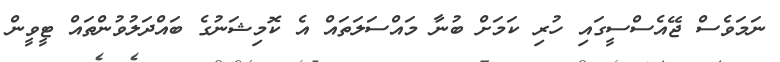
ނަމަވެސް ޖޭއެސްސީގައި ހުރި ކަމަށް ބުނާ މައްސަލަތައް އެ ކޮމިޝަނުގެ ބައްދަލުވުންތައް ޓީވީން